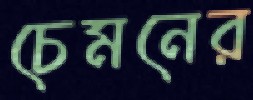
চেমনের